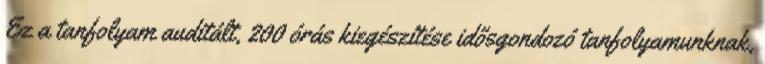
Ez a tanfolyam auditált, 200 órás kiegészítése idősgondozó tanfolyamunknak,